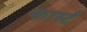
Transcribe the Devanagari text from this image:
फार्स्ट